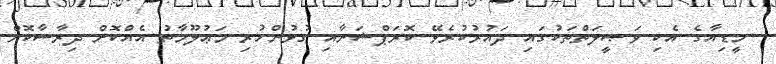
މީޑިއާގެ އެކި ވަޞީލަތްތަކުގައި ދައުރުކުރެވޭ ކޮރަޕްޝަނާއި ގުޅުންހުރި މަޢުލޫމާތު އެއްކޮށް ދިރާސާކޮށް